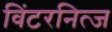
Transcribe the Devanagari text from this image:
विंटरनित्ज